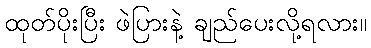
ထုတ်ပိုးပြီး ဖဲပြားနဲ့ ချည်ပေးလို့ရလား။